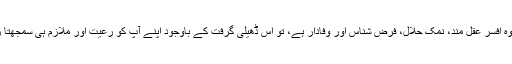
اب اگر وہ افسر عقل مند، نمک حلال، فرض شناس اور وفادار ہے، تو اس ڈھیلی گرفت کے باوجود اپنے آپ کو رعیت اور ملازم ہی سمجھتا رہے گا۔